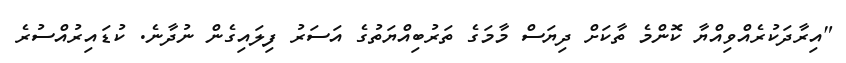
"އިރާދަކުރެއްވިއްޔާ ކޮންމެ ތާކަށް ދިޔަސް މާމަގެ ތަރުބިއްޔަތުގެ އަސަރު ފިލައިގެން ނުދާނެ. ކުޑައިރުއްސުރެ